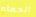
الحمام